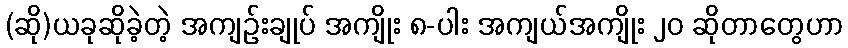
(ဆို)ယခုဆိုခဲ့တဲ့ အကျဉ်းချုပ် အကျိုး ၈-ပါး အကျယ်အကျိုး ၂၀ ဆိုတာတွေဟာ